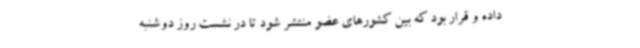
داده و قرار بود که بین کشورهای عضو منتشر شود تا در نشست روز دوشنبه